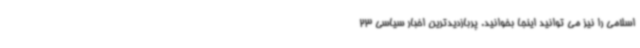
اسلامی را نیز می توانید اینجا بخوانید. پربازدیدترین اخبار سیاسی 23